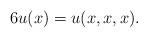
LaTeX: \begin{align*}6u(x)=u(x,x,x).\end{align*}